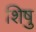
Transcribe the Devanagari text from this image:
शिषु